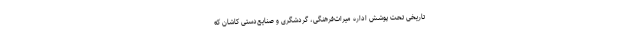
تاریخی تحت پوشش اداره میراث‌فرهنگی، گردشگری و صنایع‌دستی کاشان که